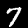
Label: 7